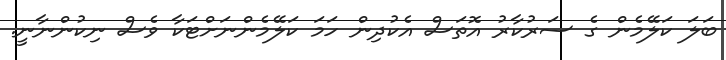
ބަލަ ކަލޭމެން ގެ ސަރުކާރު އޮތަސް އެކުދިން ހަމަ ކަލޭމެންނަށްޓަކާ ވެސް ނިކުންނާނީ.